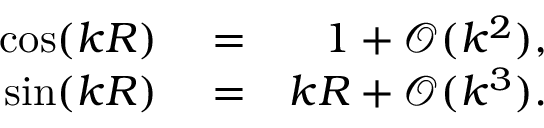
\begin{array} { r l r } { \cos ( k R ) } & { { } = } & { 1 + \mathcal { O } ( k ^ { 2 } ) , } \\ { \sin ( k R ) } & { { } = } & { k R + \mathcal { O } ( k ^ { 3 } ) . } \end{array}